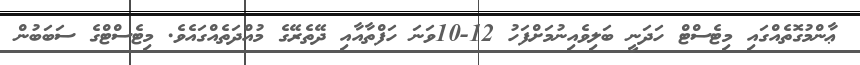
ޢާންމުގޮތެއްގައި މިޓެސްޓް ހަދަނީ ބަލިވެއިނުމަށްފަހު 12-10ވަނަ ހަަފްތާއާއި ދޭތެރޭގެ މުއްދަތެއްގައެވެ. މިޓެސްޓްގެ ސަބަބުން